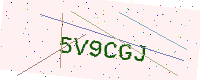
Text: 5V9CGJ